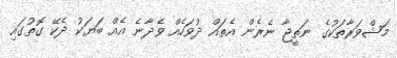
މަޝްވަރާތަކުގެ ނަތީޖާ ނެރެން އެތައް ދުވަހެއް ވެދާނެ އެއް ބަޔަކު ދެކޭ ގޮތުގައި